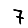
Digit: 7